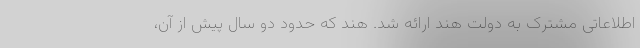
اطلاعاتی مشترک به دولت هند ارائه شد. هند که حدود دو سال پیش از آن،